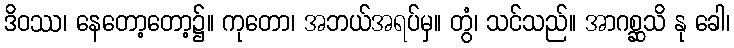
ဒိဝဿ၊ နေတော့တော့၌။ ကုတော၊ အဘယ်အရပ်မှ။ တွံ၊ သင်သည်။ အာဂစ္ဆသိ နု ခေါ၊